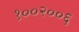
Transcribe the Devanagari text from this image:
१००२००६